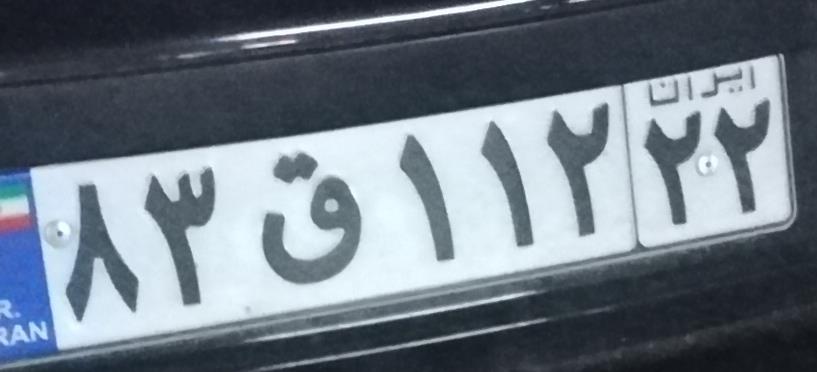
۸۳ق۱۱۲۲۲